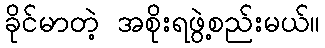
ခိုင်မာတဲ့ အစိုးရဖွဲ့စည်းမယ်။